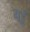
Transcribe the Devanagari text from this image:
मइँ